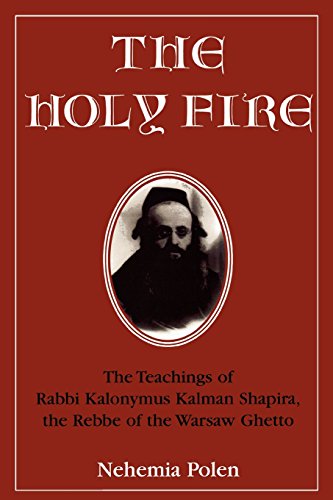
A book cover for The Holy Fire: The Teachings of Rabbi Kalonymus Kalman Shapira, the Rebbe of the Warsaw Ghetto; Nehemia Polen; Biographies & Memoirs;